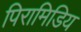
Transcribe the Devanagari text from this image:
पिरामिडिय